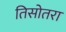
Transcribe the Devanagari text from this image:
तिसोतरा